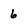
Character: 6